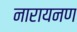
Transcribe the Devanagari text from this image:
नारायनण